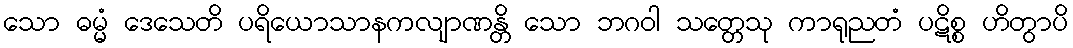
သော ဓမ္မံ ဒေသေတိ ပရိယောသာနကလျာဏန္တိ သော ဘဂဝါ သတ္တေသု ကာရုညတံ ပဋိစ္စ ဟိတွာပိ